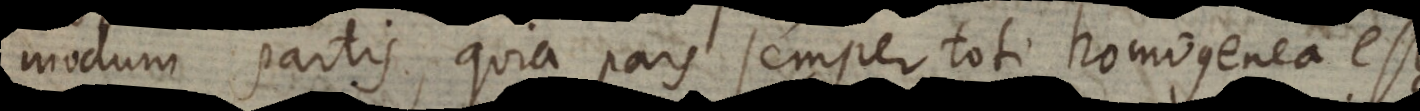
modum partis, quia pars semper toti homogenea est,